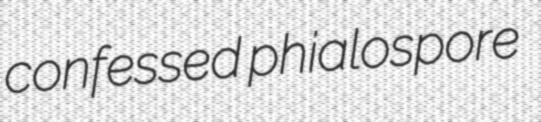
confessed phialospore